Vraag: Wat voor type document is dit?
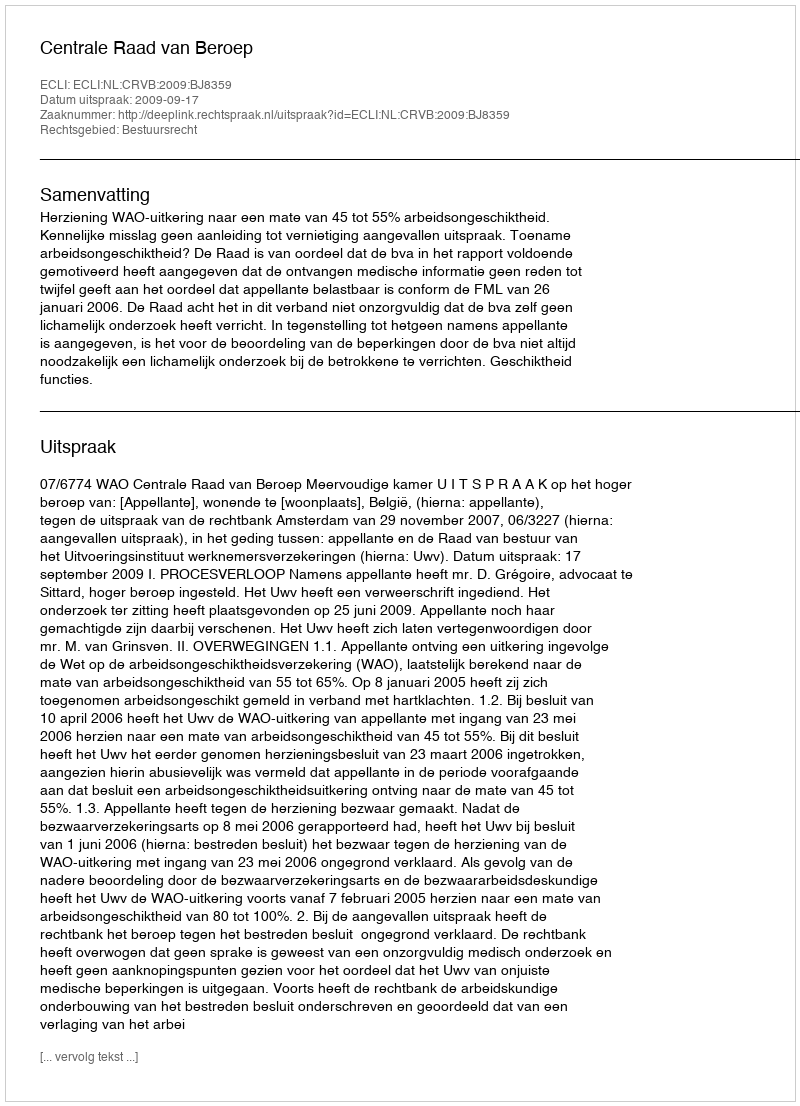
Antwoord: Uitspraak